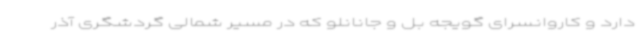
دارد و کاروانسرای گویجه بل و جانانلو که در مسیر شمالی گردشگری آذر